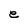
Character: e